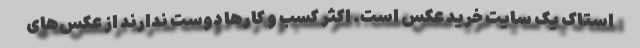
استاک یک سایت خرید عکس است. اکثر کسب و کارها دوست ندارند از عکس‌های